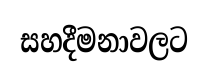
සහදීමනාවලට